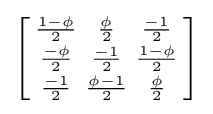
\left[{\begin{smallmatrix}{\frac {1-\phi }{2}}&{\frac {\phi }{2}}&{\frac {-1}{2}}\\{\frac {-\phi }{2}}&{\frac {-1}{2}}&{\frac {1-\phi }{2}}\\{\frac {-1}{2}}&{\frac {\phi -1}{2}}&{\frac {\phi }{2}}\end{smallmatrix}}\right]